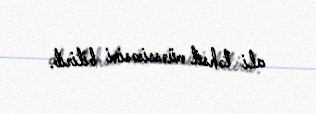
ali təhsil müəssisəsini bitirib.